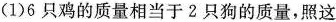
(1)6只鸡的质量相当于2只狗的质量，照这